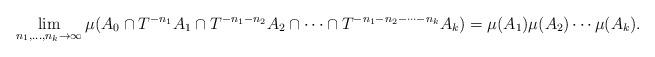
LaTeX: \begin{align*}\lim_{n_1,\dots,n_k\to\infty}\mu(A_0\cap T^{-n_1}A_1\cap T^{-n_1-n_2}A_2\cap\cdots\cap T^{-n_1-n_2-\cdots-n_k}A_k) = \mu(A_1)\mu(A_2)\cdots\mu(A_k).\end{align*}